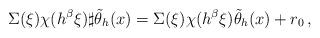
LaTeX: \begin{align*}\Sigma(\xi)\chi(h^{\beta}\xi)\sharp \tilde{\theta}_h(x)= \Sigma(\xi)\chi(h^{\beta}\xi)\tilde{\theta}_h(x) + r_0 \,,\end{align*}